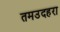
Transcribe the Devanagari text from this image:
तमउदहरा